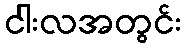
ငါးလအတွင်း